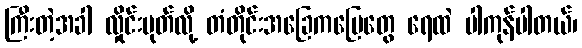
ကြီးတဲ့အခါ လှိုင်းပုတ်လို့ တံတိုင်းအခြေကမြေတွေ ရေထဲ ပါကုန်ပါတယ်၊